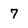
Character: 7